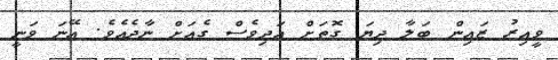
ވީއިރު ޒައިން ބަލާ ދިޔަ ގޮތަށް އަދިވެސް ގެއަށް ނާދެއެވެ. އޭނަ ވަނީ